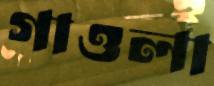
গাওলা